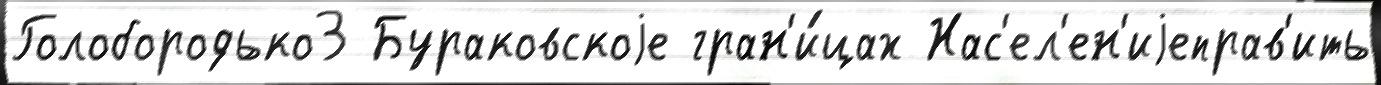
Голобородько3 Бураковскоjе гран'и́цах Нас'ел'ен'иjеправ'ить